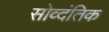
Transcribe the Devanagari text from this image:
सोव्दंतिक